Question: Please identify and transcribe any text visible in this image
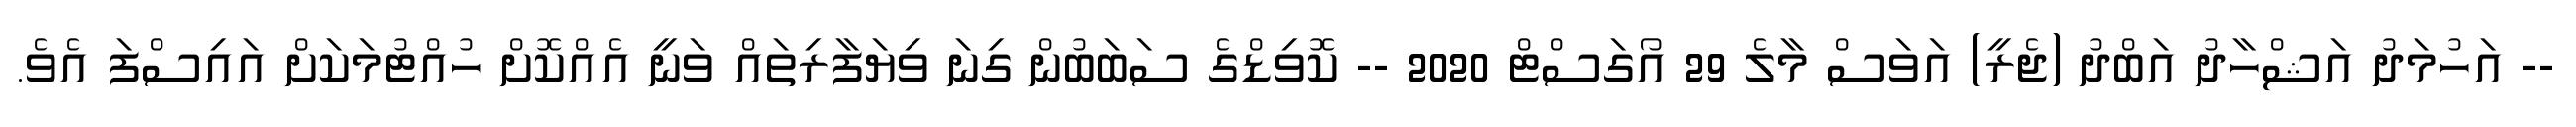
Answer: -- އަހުމަދު އަޝްހާދު އަބްދު (ޖެރީ) އަވަސް މާލެ 29 އޯގަސްޓް 2020 -- ކޮވިޑްގެ ސަބަބުން ގިނަ ވިޔަފާރިތައް ވަނީ އެއްކޮށް ހުއްޓުމަކަށް އައިސްފަ އެވެ.